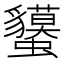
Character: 𧕤